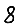
Digit: 8